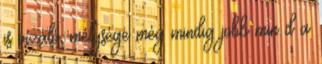
is vízáló, mélysége még mindig jobb min d a